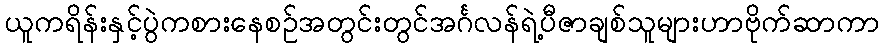
ယူကရိန်းနှင့်ပွဲကစားနေစဉ်အတွင်းတွင်အင်္ဂလန်ရဲ့ပီဇာချစ်သူများဟာဗိုက်ဆာကာ